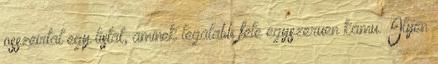
osszeirtal egy listat, aminek legalabb fele egyszeruen kamu. Ilyen